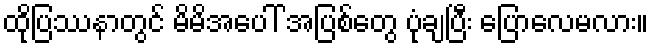
ထိုပြဿနာတွင် မိမိအပေါ် အပြစ်တွေ ပုံချပြီး ပြောလေမလား။